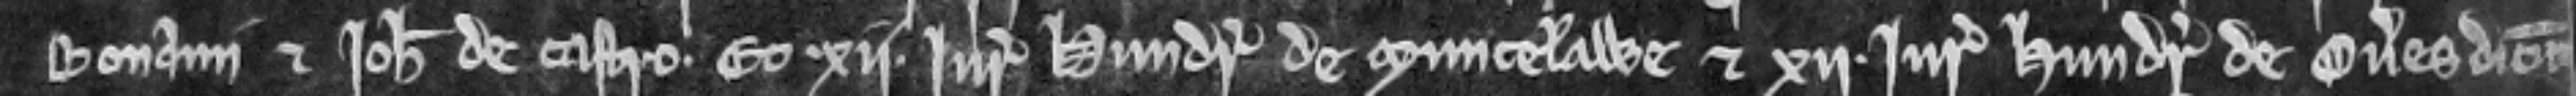
Bonami et Johannis de Castro. Et .xii. juratores hundreti de Muncelawe et xii. Juratores hundreti de Overes dicunt